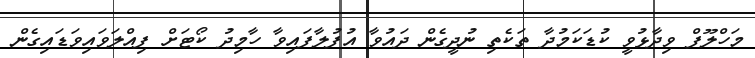
މަހްލޫފް ވިދާޅުވީ ކުޑަކަމުދާ ތަކެތި ނުދީގެން ދައުވާ އުފުލާފައިވާ ހާމިދު ކޯޓަށް ފިއްލަވައިވަޑައިގެން